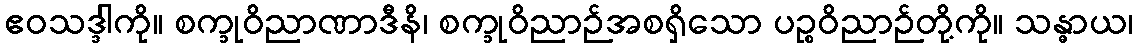
ဧဝသဒ္ဒါကို။ စက္ခုဝိညာဏာဒီနိ၊ စက္ခုဝိညာဉ်အစရှိသော ပဉ္စဝိညာဉ်တို့ကို။ သန္ဓာယ၊